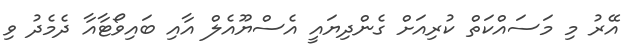
އޭރު މި މަސައްކަތް ކުރިއަށް ގެންދިޔައީ އެސްޔޫއެލް އާއި ބައިވޯޓާއާ ދެމެދު ވި